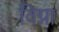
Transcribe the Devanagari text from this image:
विग्ना